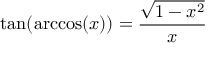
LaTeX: \tan ( \operatorname { a r c c o s } ( x ) ) = { \frac { \sqrt { 1 - x ^ { 2 } } } { x } }